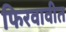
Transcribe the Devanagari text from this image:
फिरवावीत